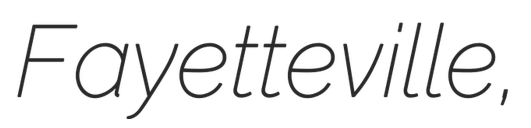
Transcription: Fayetteville,